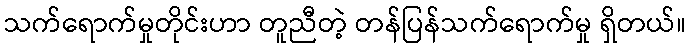
သက်ရောက်မှုတိုင်းဟာ တူညီတဲ့ တန်ပြန်သက်ရောက်မှု ရှိတယ်။